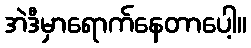
အဲဒီမှာရောက်နေတာပေါ့။